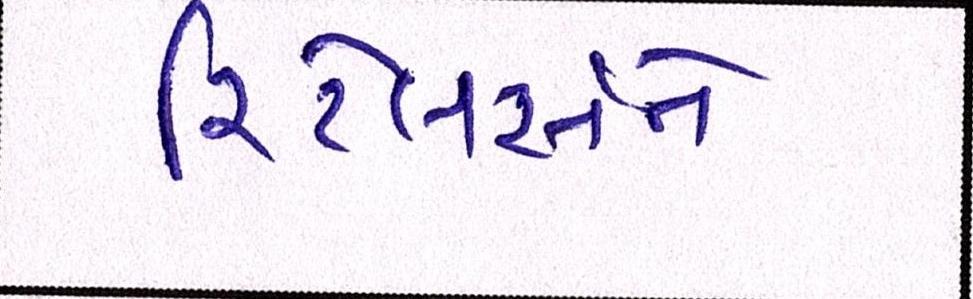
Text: રિટેલર્સને